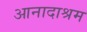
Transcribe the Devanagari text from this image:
आनादाश्रम